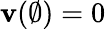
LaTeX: \mathbf{v}(\emptyset)=0